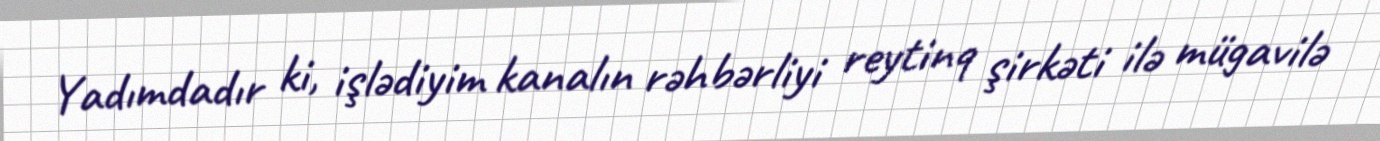
Yadımdadır ki, işlədiyim kanalın rəhbərliyi reytinq şirkəti ilə mügavilə